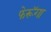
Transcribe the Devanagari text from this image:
फेरूॅगा